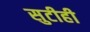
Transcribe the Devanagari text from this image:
सुटीही